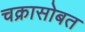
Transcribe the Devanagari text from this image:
चक्रासोबत